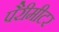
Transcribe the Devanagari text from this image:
पैरीमीटर